Scottish Certificate of Education, 1963
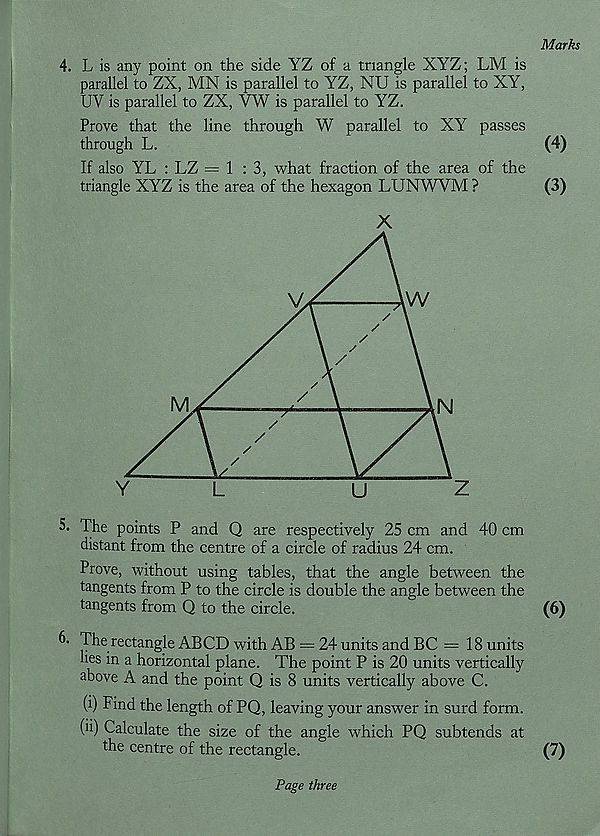
4. L is any point on the side YZ of a triangle XYZ; LM is
parallel to ZX, MN is parallel to YZ, NU is parallel to XY,
UV is parallel to ZX, VW is parallel to YZ.
Prove that the line through W parallel to XY passes
through L.
If also YL : LZ =1:3, what fraction of the area of the
triangle XYZ is the area of the hexagon LUNWVM ?
X
5. The points P and Q are respectively 25 cm and 40 cm
distant from the centre of a circle of radius 24 cm.
Prove, without using tables, that the angle between the
tangents from P to the circle is double the angle between the
tangents from Q to the circle.
6. The rectangle ABCD with AB = 24 units and BC =18 units
hes in a horizontal plane. The point P is 20 units vertically
above A and the point Q is 8 units vertically above C.
(i) Find the length of PQ, leaving your answer in surd form.
(ii) Calculate the size of the angle which PQ subtends at
the centre of the rectangle.